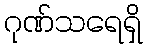
ဂုဏ်သရေရှိ